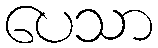
ပေသာ